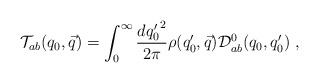
\begin{align*}{\cal T}_{ab}(q_0,\vec{q}) =\int_{0}^{\infty} \frac{d{q_0^\prime}^2}{2\pi}\rho(q_0^\prime,\vec{q}) {\cal D}^0_{ab}(q_0,q_0^\prime)~,\end{align*}